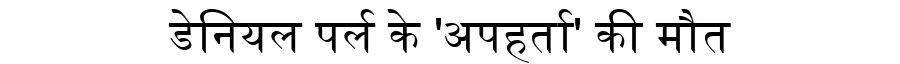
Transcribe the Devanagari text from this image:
डेनियल पर्ल के 'अपहर्ता' की मौत